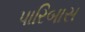
પારિબાસ